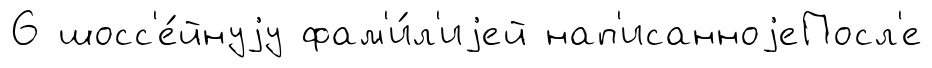
6 шосс'е́йнуjу фам'и́л'иjей нап'исанноjеПосл'е